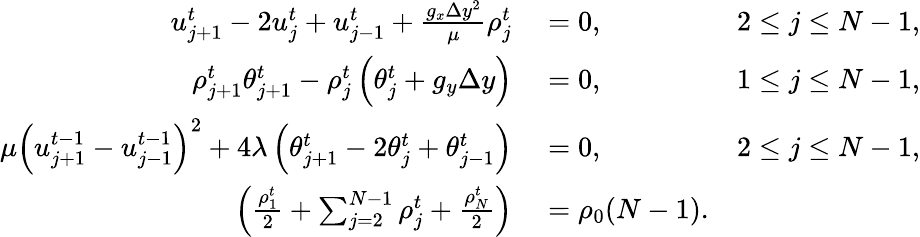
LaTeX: \begin{array}{rlr}{u_{j+1}^{t}-2u_{j}^{t}+u_{j-1}^{t}+\frac{g_{x}\Delta y^{2}}{\mu}\rho_{j}^{t}}&{{}=0,\quad}&{2\leq j\leq N-1,}\\ {\rho_{j+1}^{t}\theta_{j+1}^{t}-\rho_{j}^{t}\left(\theta_{j}^{t}+g_{y}\Delta y\right)}&{{}=0,\quad}&{1\leq j\leq N-1,}\\ {\mu\left(u_{j+1}^{t-1}-u_{j-1}^{t-1}\right)^{2}+4\lambda\left(\theta_{j+1}^{t}-2\theta_{j}^{t}+\theta_{j-1}^{t}\right)}&{{}=0,\quad}&{2\leq j\leq N-1,}\\ {\left(\frac{\rho_{1}^{t}}{2}+\sum_{j=2}^{N-1}\rho_{j}^{t}+\frac{\rho_{N}^{t}}{2}\right)}&{{}=\rho_{0}(N-1).}\end{array}